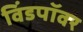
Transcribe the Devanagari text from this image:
विंडपॉवर